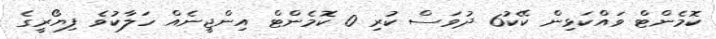
ކޮމެންޓް ވައްކަޅިން ކޭކު6 ދުވަސް ކުރި 0 ކޮމެންޓް އިންޖީނެއް ހަލާކުވެ ފިޔޯރީގެ